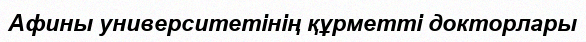
Афины университетінің құрметті докторлары